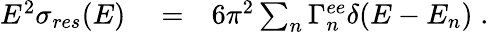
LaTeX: \begin{array}{rlr}{E^{2}\sigma_{res}(E)}&{{}=}&{6\pi^{2}\sum_{n}\Gamma_{n}^{ee}\delta(E-E_{n})\; .}\end{array}